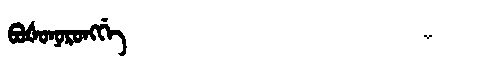
Manchu: ᠪᠣᡧᠣᠨᠣᡵᠣᠩᡤᡝ
Romanization: BOŠONORONGGE